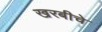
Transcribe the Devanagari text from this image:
खरबीचे